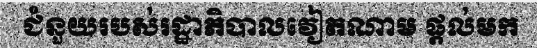
ជំនួយរបស់រដ្ឋាភិបាលវៀតណាម ផ្តល់មក